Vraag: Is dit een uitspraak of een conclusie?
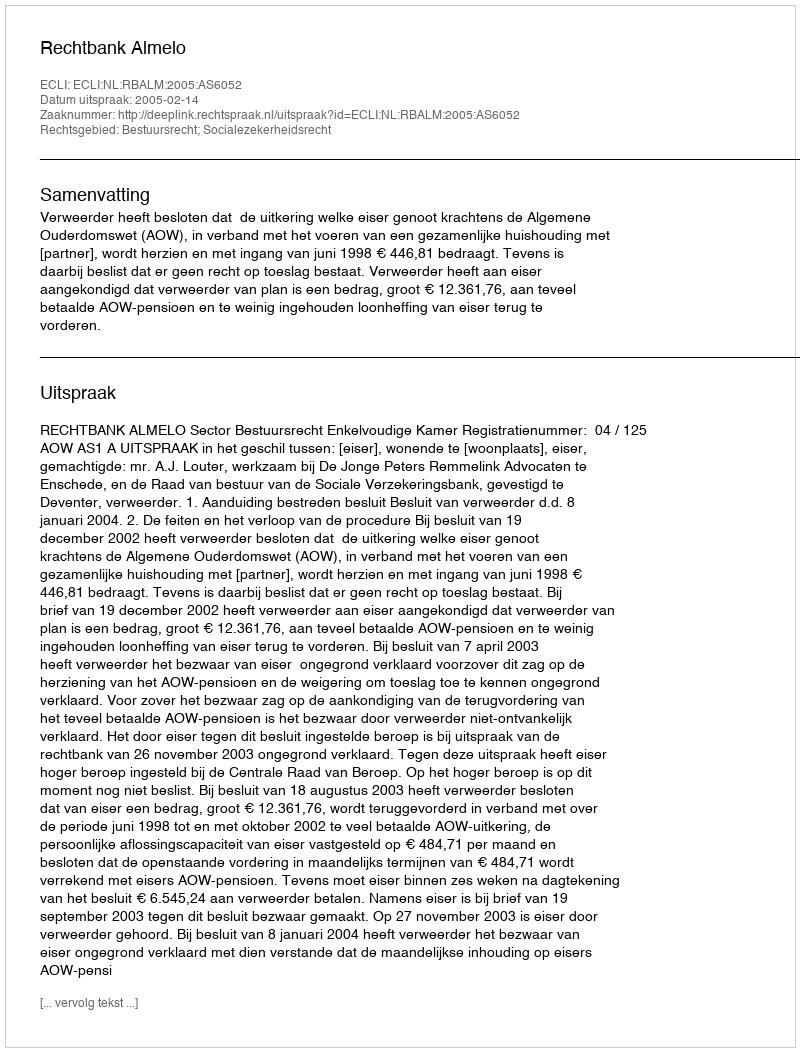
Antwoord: Uitspraak